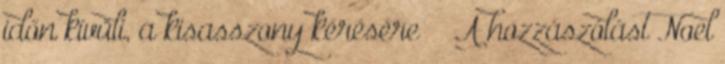
időn kívüli, a kisasszony kérésére A hozzászólást Noel